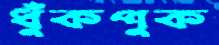
ধুঁকপুক